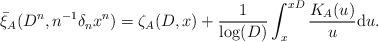
LaTeX: \begin{align*}\bar{\xi}_A(D^n,n^{-1}\delta_n x^n) = \zeta_A(D,x) + \frac{1}{\log(D)} \int_x^{xD} \frac{K_A(u)}{u} \mathrm{d}u.\end{align*}